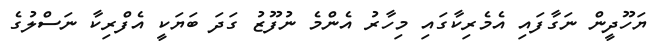
ޔަހޫދީން ނަގާފައި އެމެރިކާގައި މިހާރު އެންމެ ނުފޫޒު ގަދަ ބަޔަކީ އެފްރިކާ ނަސްލުގެ